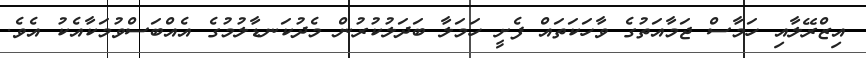
އިޒްރޭލާއި ހަމާސް ޖަމާއަތުގެ ވާހަކަތައް ފެށީ ހަމަލާ ބަދަލުކުރުން މެދުކަނޑާލުމުގެ އެއްބަސްވުމަކާއެކު އެވެ.